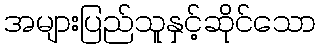
အများပြည်သူနှင့်ဆိုင်သော